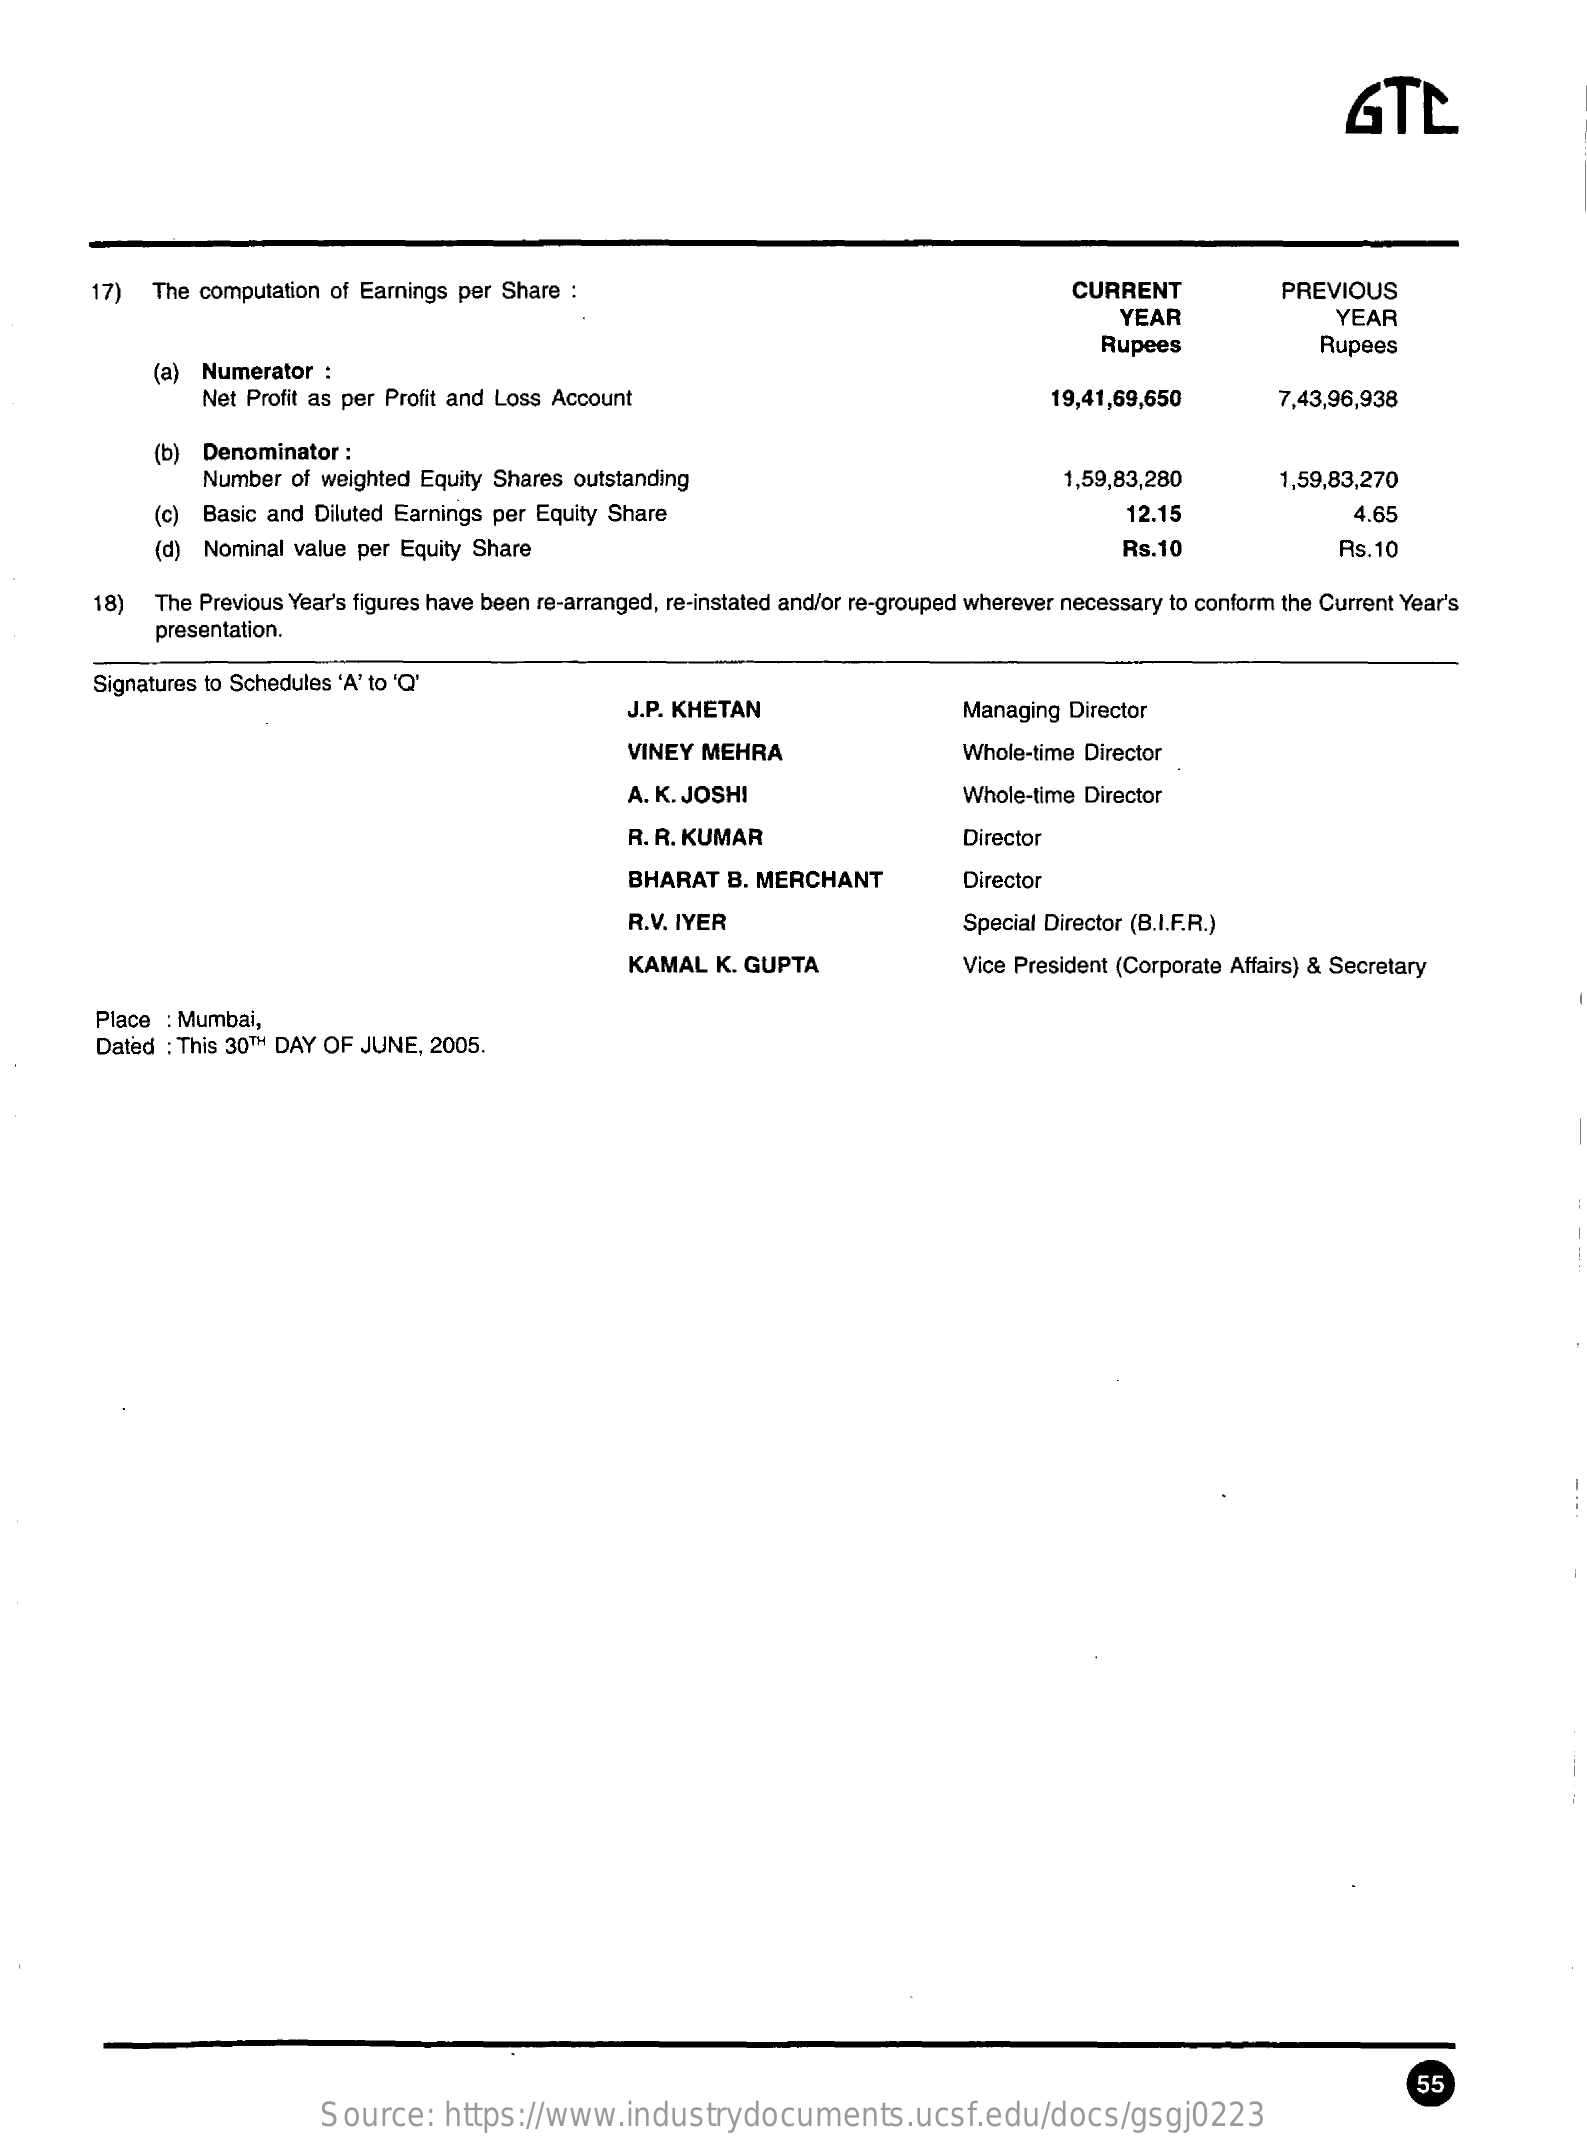
GTL
     17)  The computation of Earnings per Share :    CURRENT    PREVIOUS
     YEAR    YEAR
     Rupees    Rupees
     (a) Numerator  :
     Net Profit as per Profit and Loss Account    19,41,69,650    7,43,96,938
     (b) Denominator :
     Number  of weighted Equity Shares outstanding    1,59,83,280    1,59,83,270
     (c) Basic and Diluted Earnings per Equity Share    12.15    4.65
     (d) Nominal value per Equity Share    Rs.10    As.10
     18)  The Previous Year's figures have been re-arranged, re-instated and/or re-grouped wherever necessary to conform the Current Year's
     presentation.
     Signatures to Schedules 'A' to 'Q'
     J.P. KHETAN    Managing Director
     VINEY MEHRA    Whole-time Director
     A. K. JOSH!    Whole-time Director
     R. R. KUMAR    Director
     BHARAT  B. MERCHANT    Director
     R.V. IYER    Special Director (B.I.F.R.)
     KAMAL   K. GUPTA    Vice President (Corporate Affairs) & Secretary
     Place : Mumbai,
     Dated : This 30TH DAY OF JUNE, 2005.
     55
     Source:   https://www.industrydocuments.ucsf.edu/docs/gsgj0223